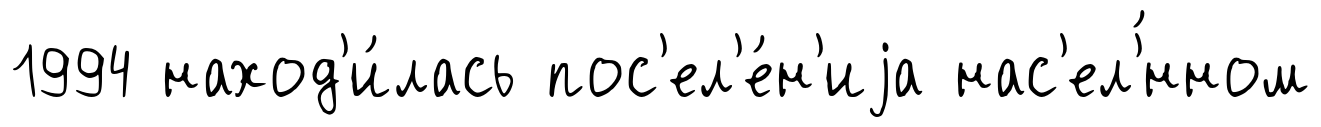
1994 наход'и́лась пос'ел'е́н'иjа нас'ел'́нном